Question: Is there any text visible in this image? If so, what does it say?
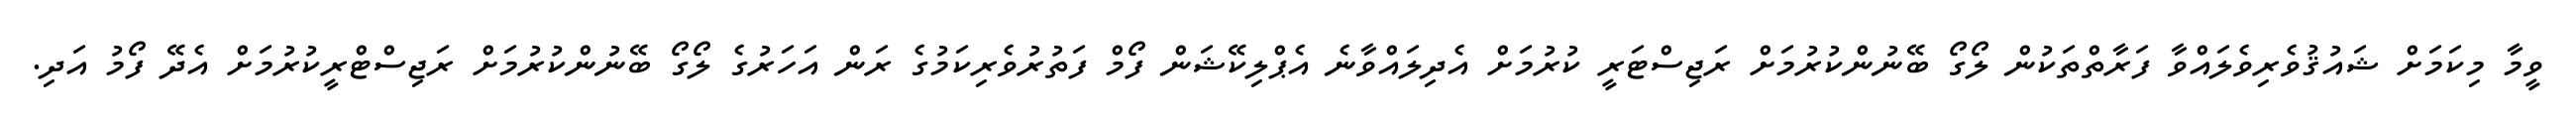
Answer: ވީމާ މިކަމަށް ޝައުޤުވެރިވެލައްވާ ފަރާތްތަކުން ލޯގޯ ބޭނުންކުރުމަށް ރަޖިސްޓަރީ ކުރުމަށް އެދިލައްވާނެ އެޕްލިކޭޝަން ފޯމް ފަތުރުވެރިކަމުގެ ރަން އަހަރުގެ ލޯގޯ ބޭނުންކުރުމަށް ރަޖިސްޓްރީކުރުމަށް އެދޭ ފޯމު އަދި.